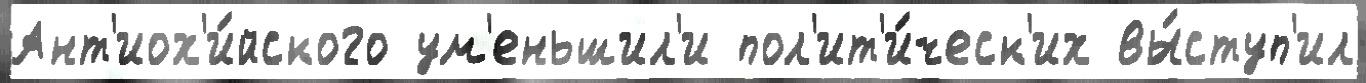
Ант'иох'и́йского ум'еньшил'и пол'ит'и́ческ'их вы́ступ'ил